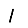
Digit: 1